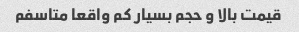
قیمت بالا و حجم بسیار کم واقعا متاسفم